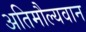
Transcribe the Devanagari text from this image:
अतिमौल्यवान